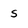
Character: s